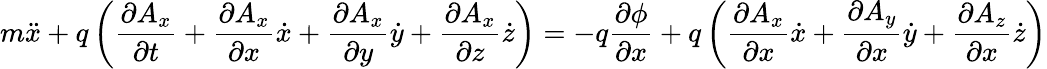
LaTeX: m{\ddot{x}}+q\left({\frac{\partial A_{x}}{\partial t}}+{\frac{\partial A_{x}}{\partial x}}{\dot{x}}+{\frac{\partial A_{x}}{\partial y}}{\dot{y}}+{\frac{\partial A_{x}}{\partial z}}{\dot{z}}\right)=-q{\frac{\partial\phi}{\partial x}}+q\left({\frac{\partial A_{x}}{\partial x}}{\dot{x}}+{\frac{\partial A_{y}}{\partial x}}{\dot{y}}+{\frac{\partial A_{z}}{\partial x}}{\dot{z}}\right)